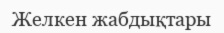
Желкен жабдықтары